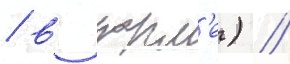
/ в корм'е) //